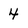
Character: 4